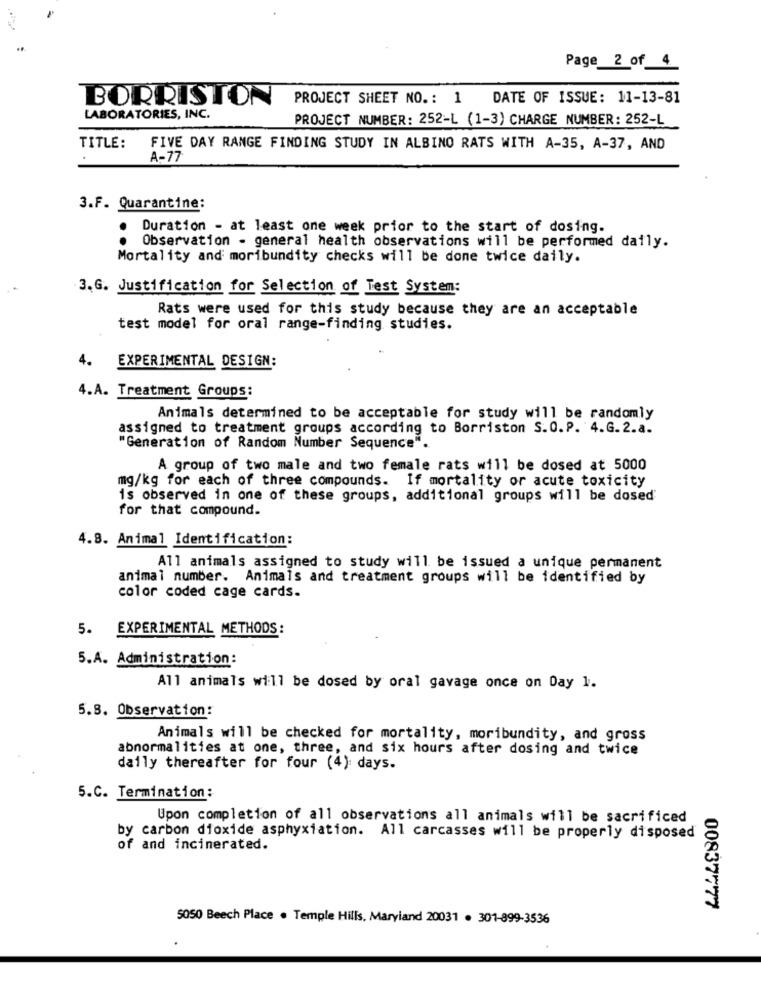
Page 2 of 4
BORRISTON
PROJECT SHEET NO .: 1 DATE OF ISSUE: 11-13-81
LABORATORIES, INC.
PROJECT NUMBER: 252-L (1-3) CHARGE NUMBER: 252-L
TITLE: FIVE DAY RANGE FINDING STUDY IN ALBINO RATS WITH A-35, A-37, AND
A-77
3.F. Quarantine:
.
Duration - at least one week prior to the start of dosing.
Observation - general health observations will be performed daily.
Mortality and moribundity checks will be done twice daily.
3.G. Justification for Selection of Test System:
Rats were used for this study because they are an acceptable
test model for oral range-finding studies.
.
EXPERIMENTAL DESIGN:
4.A. Treatment Groups:
Animals determined to be acceptable for study will be randomly
assigned to treatment groups according to Borriston S.O.P. 4.G.2.a.
"Generation of Random Number Sequence".
A group of two male and two female rats will be dosed at 5000
mg/kg for each of three compounds. If mortality or acute toxicity
is observed in one of these groups, additional groups will be dosed'
for that compound.
4.8. Animal Identification:
All animals assigned to study will be issued a unique permanent
animal number. Animals and treatment groups will be identified by
color coded cage cards.
5. EXPERIMENTAL METHODS:
5.A. Administration:
All animals will be dosed by oral gavage once on Day 1.
5.8. Observation:
Animals will be checked for mortality, moribundity, and gross
abnormalities at one, three, and six hours after dosing and twice
daily thereafter for four (4): days.
5.C. Termination:
Upon completion of all observations all animals will be sacrificed
by carbon dioxide asphyxiation. All carcasses will be properly disposed
of and incinerated.
00837777
5050 Beech Place . Temple Hills, Maryland 20031 . 301-899-3536